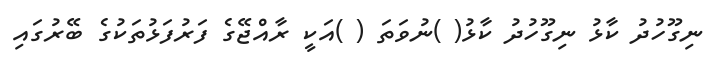
ނިގޫހުދު ކާޅު ނިގޫހުދު ކާޅު( )ނުވަތަ ( )އަކީ ރާއްޖޭގެ ފަރުފަޅުތަކުގެ ބޭރުގައި